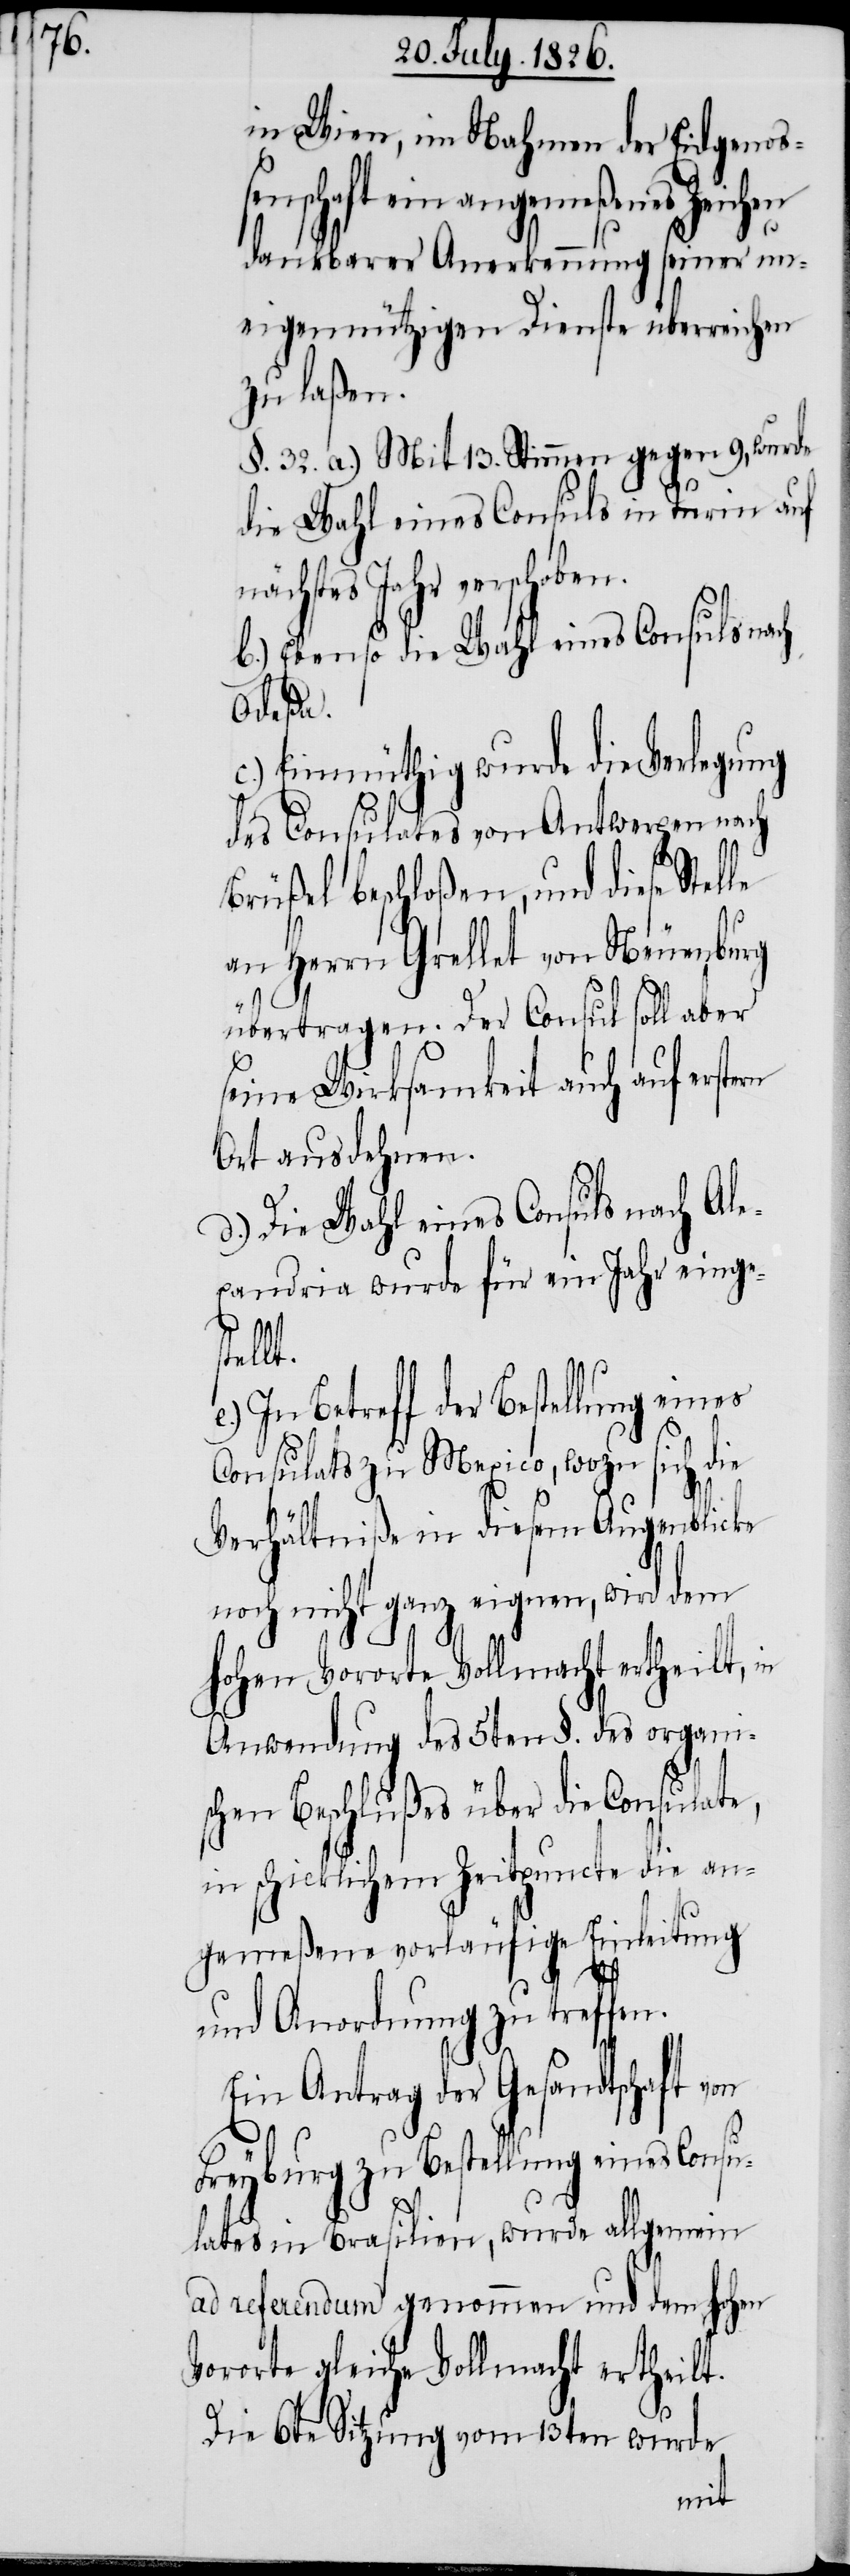
in Wien, im Nahmen der Eidgenoß¬
enschaft ein angemeßenes Zeich¬
dankbarer Anerkennung seiner un¬
eigennützigen Dienste überreichen
zu laßen.
§. 32. a.) Mit 13. Stimmen gegen 9, wurde
die Wahl eines Consuls in Turin auf
nächstes Jahr verschoben.
b.) Ebenso die Wahl eines Consuls nach
stellt.
c.) Einmüthig wurde die Verlegung
des Consulates von Antwerpen nach
Brüßel beschloßen, und diese St¬
an Herrn Grellet von Neuenburg
übertragen. Der Consul soll aber
seine Wirksamkeit auch auf er¬
Ort ausdehnen.
d.) Die Wahl eines Consuls nach Ale¬
xandria wurde für ein Jahr einge¬
elle
In Betreff der Bestellung eines
Consulats zu Mexico, wozu sich die
Verhältniße in diesem Augenblicke
noch nicht ganz eigenen, wird dem
hohen Vororte Vollmacht ertheilt, in
Anwendung des 5ten §. des organis¬
chen Beschlußes über die Consulate,
in schicklichem Zeitpuncte die an¬
gemeßene vorläufige Einleitung
en
und Anordnung zu treffen.
Ein Antrag der Gesandtschaft von
Freyburg zu Bestellung eines Consu¬
lates in Brasilien, wurde allgemein
ad referendum genommen und dem hohen
Vororte gleiche Vollmacht ertheilt.
Die 6te Sitzung vom 13ten wurde